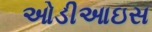
ઓડીઆઇસ